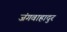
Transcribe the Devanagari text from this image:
जंगवाहादुर